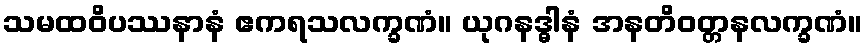
သမထဝိပဿနာနံ ဧကရသလက္ခဏံ။ ယုဂနဒ္ဓါနံ အနတိဝတ္တနလက္ခဏံ။